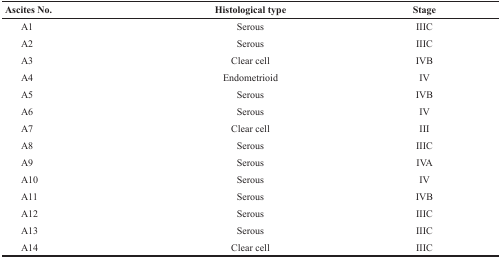
<table><thead><tr><td><b>Ascites No.</b></td><td><b>Histological type</b></td><td><b>Stage</b></td></tr></thead><tbody><tr><td>A1</td><td>Serous</td><td>IIIC</td></tr><tr><td>A2</td><td>Serous</td><td>IIIC</td></tr><tr><td>A3</td><td>Clear cell</td><td>IVB</td></tr><tr><td>A4</td><td>Endometrioid</td><td>IV</td></tr><tr><td>A5</td><td>Serous</td><td>IVB</td></tr><tr><td>A6</td><td>Serous</td><td>IV</td></tr><tr><td>A7</td><td>Clear cell</td><td>III</td></tr><tr><td>A8</td><td>Serous</td><td>IIIC</td></tr><tr><td>A9</td><td>Serous</td><td>IVA</td></tr><tr><td>A10</td><td>Serous</td><td>IV</td></tr><tr><td>A11</td><td>Serous</td><td>IVB</td></tr><tr><td>A12</td><td>Serous</td><td>IIIC</td></tr><tr><td>A13</td><td>Serous</td><td>IIIC</td></tr><tr><td>A14</td><td>Clear cell</td><td>IIIC</td></tr></tbody></table>